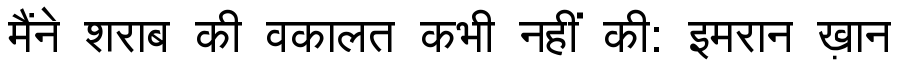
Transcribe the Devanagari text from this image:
मैंने शराब की वकालत कभी नहीं की: इमरान ख़ान